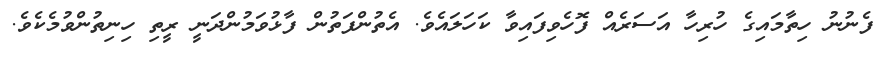
ފެނުނު ހިތާމައިގެ ހުރިހާ އަސަރެއް ފޮހެވިފައިވާ ކަހަލައެވެ. އެތުންފަތުން ފާޅުވަމުންދަނީ ރީތި ހިނިތުންވުމެކެވެ.